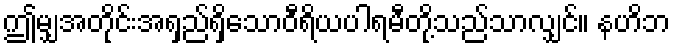
ဤမျှအတိုင်းအရှည်ရှိသောဝီရိယပါရမီတို့သည်သာလျှင်။ နဟိဘ